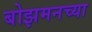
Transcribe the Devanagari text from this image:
बोझमनच्या